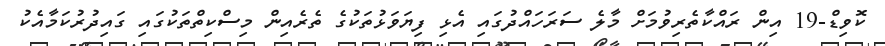
ކޮވިޑް-19 އިން ރައްކާތެރިވުމަށް މާލެ ސަރަހައްދުގައި އެޅި ފިޔަވަޅުތަކުގެ ތެރެއިން މިސްކިތްތަކުގައި ގައިދުރުކަމާއެކު